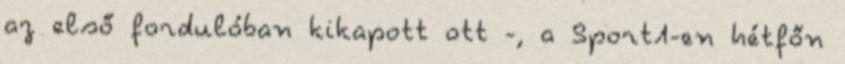
az első fordulóban kikapott ott -, a Sport1-en hétfőn